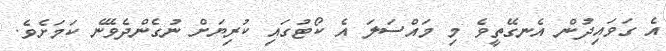
އެ ގަވައިދުން އެނގޭތީވެ މި މައްސަލަ އެ ކޯޓުގައި ކުރިޔަށް ނުގެންދެވޭނެ ކަމަށެވެ.